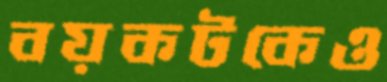
বয়কটকেও